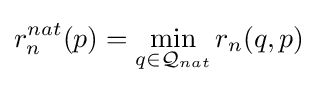
r_{n}^{nat}(p)=\min _{q\in {\mathcal {Q}}_{nat}}r_{n}(q,p)